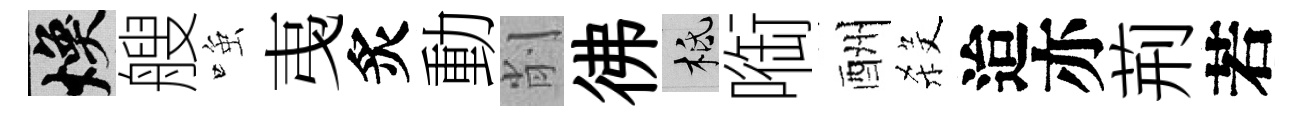
焕艘𫪻𢎯炙動削彿柢㗸酬殺迨亦荊若